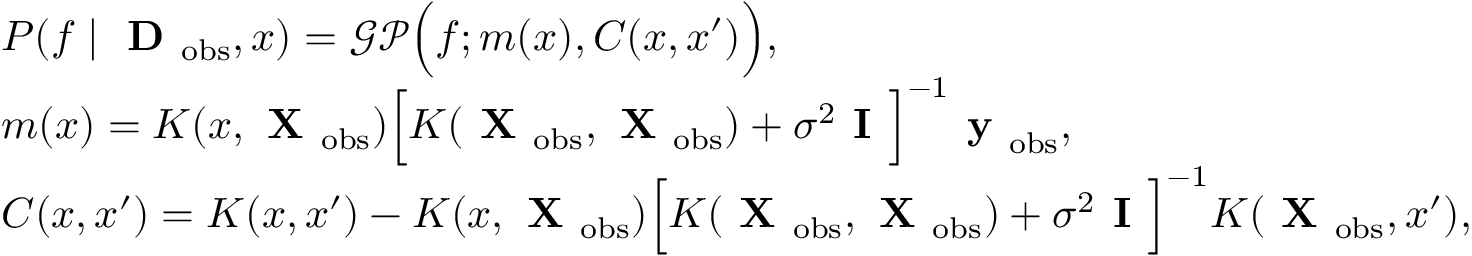
\begin{array} { r l } & { P ( f \mid \textbf { D } _ { \mathrm { o b s } } , x ) = \mathcal { G P } \Big ( f ; m ( x ) , C ( x , x ^ { \prime } ) \Big ) , } \\ & { m ( x ) = K ( x , \textbf { X } _ { \mathrm { o b s } } ) \Big [ K ( \textbf { X } _ { \mathrm { o b s } } , \textbf { X } _ { \mathrm { o b s } } ) + \sigma ^ { 2 } \textbf { I } \Big ] ^ { - 1 } \textbf { y } _ { \mathrm { o b s } } , } \\ & { C ( x , x ^ { \prime } ) = K ( x , x ^ { \prime } ) - K ( x , \textbf { X } _ { \mathrm { o b s } } ) \Big [ K ( \textbf { X } _ { \mathrm { o b s } } , \textbf { X } _ { \mathrm { o b s } } ) + \sigma ^ { 2 } \textbf { I } \Big ] ^ { - 1 } K ( \textbf { X } _ { \mathrm { o b s } } , x ^ { \prime } ) , } \end{array}